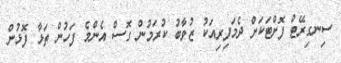
ސިނގިރޭޓް ފޮށްޓަކަށް ދެމަފިރިއަކު ޒުވާބު ކުރަމުން ގޮސް އެންމެ ފަހުން ތަޅާ ފޮޅުން